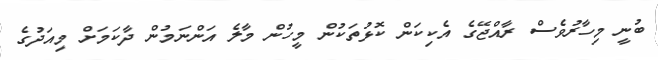
ބުނީ މިހާރުވެސް ރާއްޖޭގެ އެކިކަން ކޮޅުތަކުން މީހުން މާލެ އަންނަމުން ދާކަމަށް މިއަދުގެ